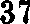
37